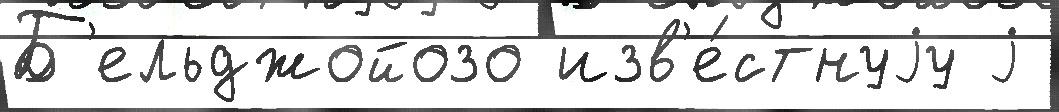
Б'ельджойозо изв'е́стнуjу j